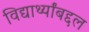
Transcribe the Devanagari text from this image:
विद्यार्थ्यांबद्दल